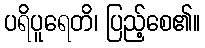
ပရိပူရေတိ၊ ပြည့်စေ၏။